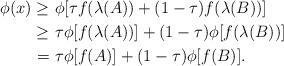
LaTeX: \begin{align*}\phi(x)\geq&\ \phi[\tau f(\lambda(A)) + (1-\tau)f(\lambda(B))]\\\geq&\ \tau\phi[f(\lambda(A))]+(1-\tau)\phi[f(\lambda(B))]\\=&\ \tau\phi[f(A)] + (1-\tau)\phi[f(B)].\end{align*}